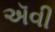
ઍવી